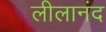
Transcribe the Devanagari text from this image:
लीलानंद